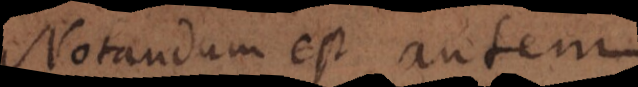
Notandum est aute